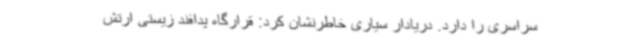
سراسری را دارد. دریادار سیاری خاطرنشان کرد: قرارگاه پدافند زیستی ارتش